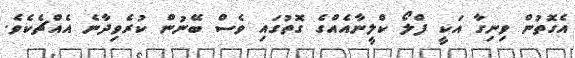
އެގޮތުން ވިނިގާ އަކީ ފްލޯ ކްލީނާއެއްގެ ގޮތުގައި ވެސް ބޭނުން ކުރެވިދާނެ އެއްޗެކެވެ.